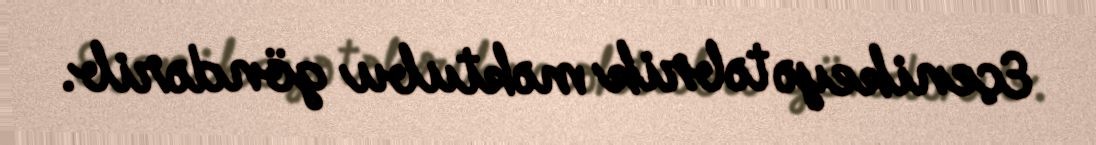
Eçenikeyə təbrik məktubu göndərib.